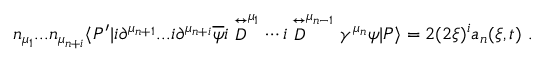
n _ { \mu _ { 1 } } . . . n _ { \mu _ { n + i } } \langle P ^ { \prime } | i \partial ^ { \mu _ { n + 1 } } . . . i \partial ^ { \mu _ { n + i } } \overline { { \psi } } i \stackrel { \leftrightarrow } { D } ^ { \mu _ { 1 } } \cdots i \stackrel { \leftrightarrow } { D } ^ { \mu _ { n - 1 } } \gamma ^ { \mu _ { n } } \psi | P \rangle = 2 ( 2 \xi ) ^ { i } a _ { n } ( \xi , t ) \ .